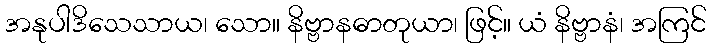
အနုပါဒိသေသာယ၊ သော။ နိဗ္ဗာနဓာတုယာ၊ ဖြင့်။ ယံ နိဗ္ဗာနံ၊ အကြင်